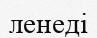
ленеді